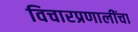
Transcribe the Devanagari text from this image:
विचारप्रणालींचा